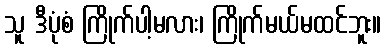
သူ ဒီပုံစံ ကြိုက်ပါ့မလား၊ ကြိုက်မယ်မထင်ဘူး။